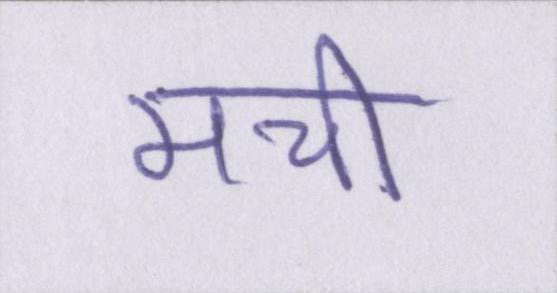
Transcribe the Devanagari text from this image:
मची